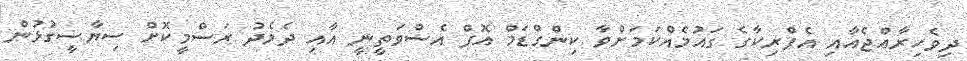
ދިވެހިރާއްޖެއާއި އެފްރިކާގެ ގައުމެއްކަމަށްވާ ކިންގްޑަމް އޮފް އެސްވަތީނީ އާއި ދެމެދު ރަސްމީކޮށް ސިޔާސީގުޅުން